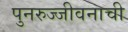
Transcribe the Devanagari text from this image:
पुनरुज्जीवनाची